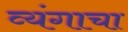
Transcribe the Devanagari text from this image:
व्यंगाचा